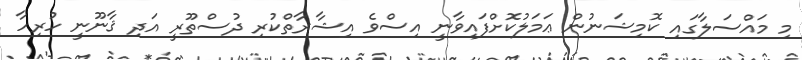
މި މައްސަލާގައި ކޮމިޝަނުން ޢަމަލުކޮށްފައިވާނީ އިސްވެ އިޝާރާތްކުރި ދުސްތޫރީ އަދި ޤާނޫނީ ހުރިހާ